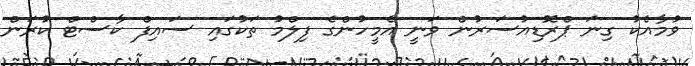
ވުމާއެކު ގިނަ ޕްރޮޑިއުސަރުން ވަނީ އެމީހުންގެ ފިލްމު ތަކުގައި ސައިފް ކާސްޓް ކުރަން